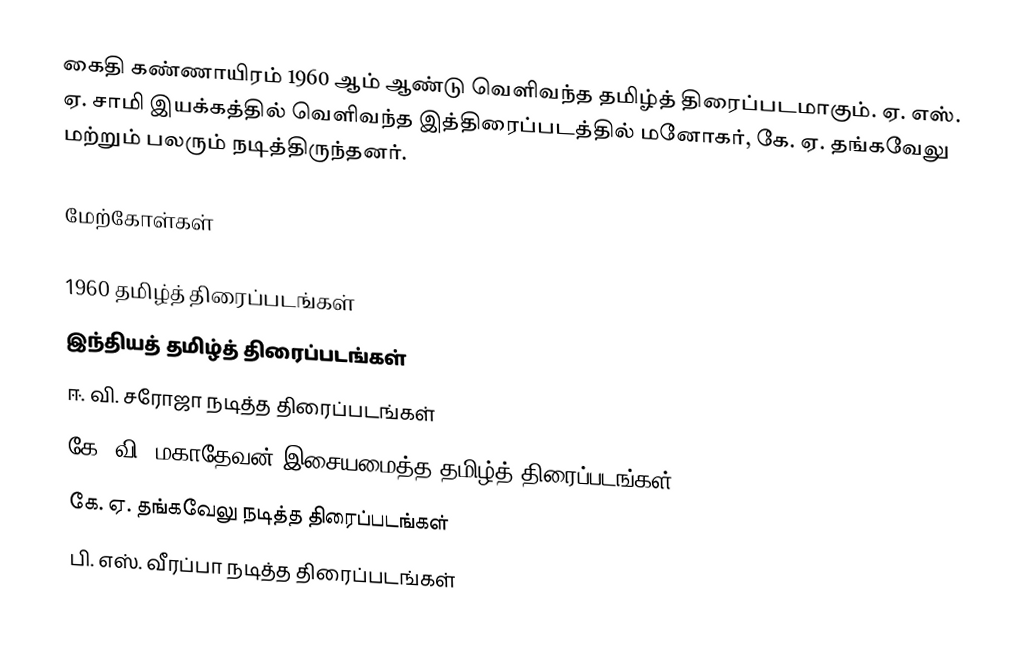
கைதி கண்ணாயிரம் 1960 ஆம் ஆண்டு வெளிவந்த தமிழ்த் திரைப்படமாகும். ஏ. எஸ். ஏ. சாமி இயக்கத்தில் வெளிவந்த இத்திரைப்படத்தில் மனோகர், கே. ஏ. தங்கவேலு மற்றும் பலரும் நடித்திருந்தனர்.

மேற்கோள்கள்

1960 தமிழ்த் திரைப்படங்கள்
இந்தியத் தமிழ்த் திரைப்படங்கள்
ஈ. வி. சரோஜா நடித்த திரைப்படங்கள்
கே. வி. மகாதேவன் இசையமைத்த தமிழ்த் திரைப்படங்கள்
கே. ஏ. தங்கவேலு நடித்த திரைப்படங்கள்
பி. எஸ். வீரப்பா நடித்த திரைப்படங்கள்